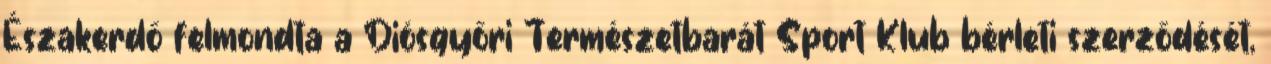
Északerdő felmondta a Diósgyőri Természetbarát Sport Klub bérleti szerződését,